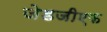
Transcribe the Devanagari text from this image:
जेडजीएफ